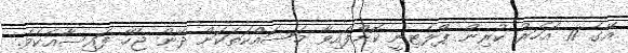
އޭގެ 11 އަހަރު ކުރިން ޕްލެޓިނީ ކޮށްފައިވާ މަސައްކަތަކަށް ދޭން ޖެހޭ ފައިސާއެކެވެ.